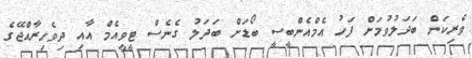
ވެރިކަން ބަދަލުވުމަށް ފަހު އެމްއެންބީސީ ބޯޑަށް ބަދަލު ގެނެސް ޓީވީއެމް އާއި ދިވެހިރާއްޖޭގެ